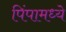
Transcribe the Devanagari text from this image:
पिंपामध्ये